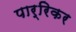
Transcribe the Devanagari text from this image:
पार्रिकर